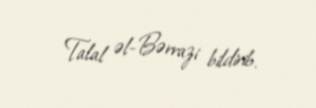
Talal əl-Bərrazi bildirib.